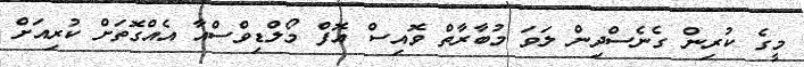
މީގެ ކުރިން ގެނެސްދިން ލަވަ މުބާރާތް ވޮއިސް އޮފް މޯލްޑިވްސްއާ އެއްގޮތަށް ކުރިއަށް